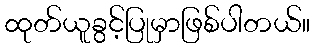
ထုတ်ယူခွင့်ပြုမှာဖြစ်ပါတယ်။